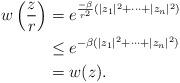
LaTeX: \begin{align*}w\left (\frac{z}{r}\right)&=e^{\frac{-\beta}{r^2}(|z_1|^2+\cdots+|z_n|^2)}\\&\le e^{-\beta (|z_1|^2+\cdots+|z_n|^2)}\\ &=w(z).\end{align*}